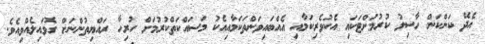
އެދޭ ކަންކަން ހާސިލު ކުރުމަށްޓަކައި އެކުވެރިކަމާއި އެއްބައިވަންތަކަމާއިއެކު މަސައްކަތްކުރުމަށް ހުރިހާ ރައްޔިތުންނަށް ގޮވައިލެއްވިއެވެ.